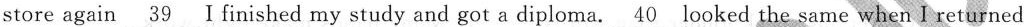
store again\underline{39} Ⅰfinished my study and got a diploma. \underline{40} looked the same when I returned